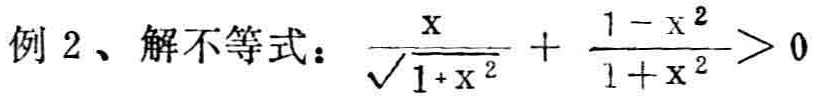
例2、解不等式：$\frac{x}{\sqrt{1 + x^{2}}}+\frac{1 - x^{2}}{1 + x^{2}}>0$